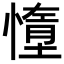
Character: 𫻃